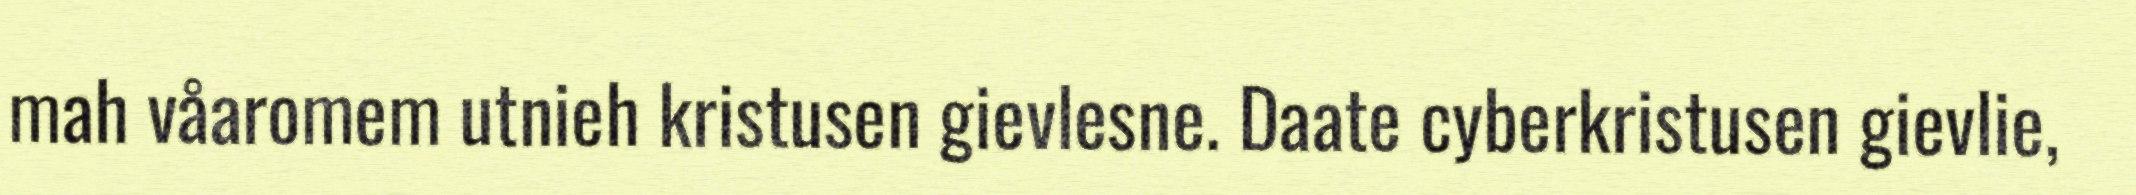
mah våaromem utnieh kristusen gievlesne. Daate cyberkristusen gievlie,